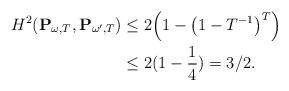
LaTeX: \begin{align*} H^2(\mathbf{P}_{\omega,T} , \mathbf{P}_{\omega',T})&\leq 2\Big(1 - \big(1 - T^{-1}\big)^T\Big)\\&\leq2(1-\frac{1}{ 4})= 3/2.\end{align*}